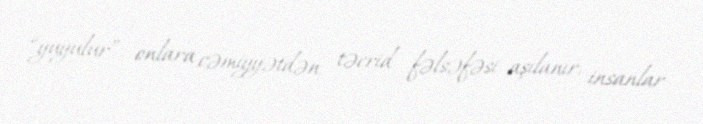
“yuyulur”, onlara cəmiyyətdən təcrid fəlsəfəsi aşılanır, insanlar